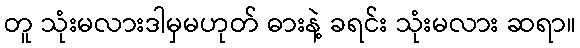
တူ သုံးမလားဒါမှမဟုတ် ဓားနဲ့ ခရင်း သုံးမလား ဆရာ။